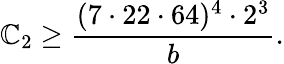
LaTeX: \mathbb{C}_{2}\geq\frac{{(7\cdot22\cdot64)^{4}\cdot2^{3}}}{{b}}.